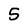
Character: 5